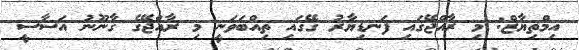
އިމްތިޔާޒް: މި ރާއްޖޭގައި ފަނޑިޔާރު ގޭގައި ތިއްބަވަނީ މި ރާއްޖޭގެ ގާނޫނު އަސާސީ